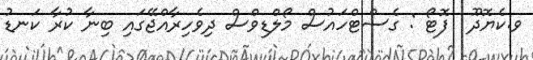
ވ.ކެޔޮދޫ  ފޮޓޯ : ގެސްޓްހައުސް މޯލްޑިވްސް ދިވެހިރާއްޖޭގައި ބިނާ ކުރާ ކަނޑު